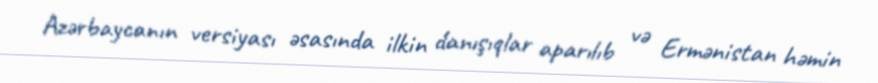
Azərbaycanın versiyası əsasında ilkin danışıqlar aparılıb və Ermənistan həmin